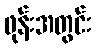
ဖုန်းအတွင်း